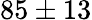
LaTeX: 85\pm 13